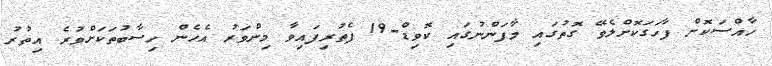
ހާއްސަކޮށް ފާހަގަކޮށްލެވޭ ގޮތުގައި މާފަންނުގައި ކޮވިޑް-19 ފެތުރިފައިވާ މިންވަރު އެހެން ހިސާބުތަކަށްވުރެ އިތުރު